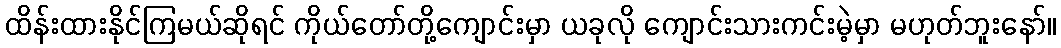
ထိန်းထားနိုင်ကြမယ်ဆိုရင် ကိုယ်တော်တို့ကျောင်းမှာ ယခုလို ကျောင်းသားကင်းမဲ့မှာ မဟုတ်ဘူးနော်။